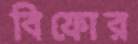
বিফোর